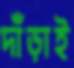
দাঁড়াই